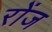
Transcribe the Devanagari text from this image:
रोंज